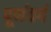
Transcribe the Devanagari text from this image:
पूर्णवर्ग